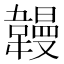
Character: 𫖏